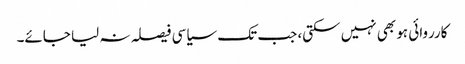
کارروائی ہو بھی نہیں سکتی، جب تک سیاسی فیصلہ نہ لیا جائے۔